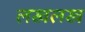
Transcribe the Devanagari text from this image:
लखलख